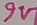
Text: 9V